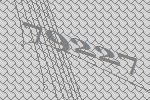
79227